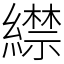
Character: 䌝